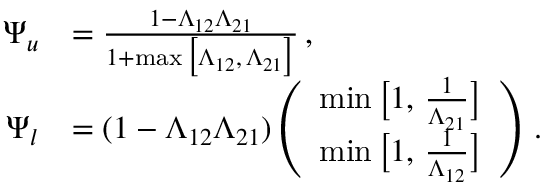
\begin{array} { r l } { \Psi _ { u } } & { = \frac { 1 - \Lambda _ { 1 2 } \Lambda _ { 2 1 } } { 1 + \operatorname* { m a x } \big [ \Lambda _ { 1 2 } , \, \Lambda _ { 2 1 } \big ] } \, , } \\ { \Psi _ { l } } & { = ( 1 - \Lambda _ { 1 2 } \Lambda _ { 2 1 } ) \left( \begin{array} { l } { \operatorname* { m i n } \big [ 1 , \, \frac { 1 } { \Lambda _ { 2 1 } } \big ] } \\ { \operatorname* { m i n } \big [ 1 , \, \frac { 1 } { \Lambda _ { 1 2 } } \big ] } \end{array} \right) \, . } \end{array}